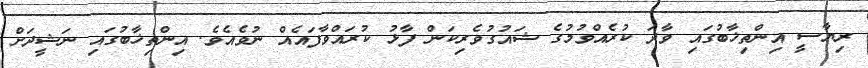
ރިޔާސީ އިންތިޚާބުގައި ވާދަ ކުރެއްވުމުގެ ޝައުގުވެރިކަން ފާޅު ކުރައްވާފައެއް ނުވެއެވެ. އިންތިޚާބުގައި ނަޝީދަށް